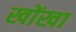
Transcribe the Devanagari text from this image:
खोंखा